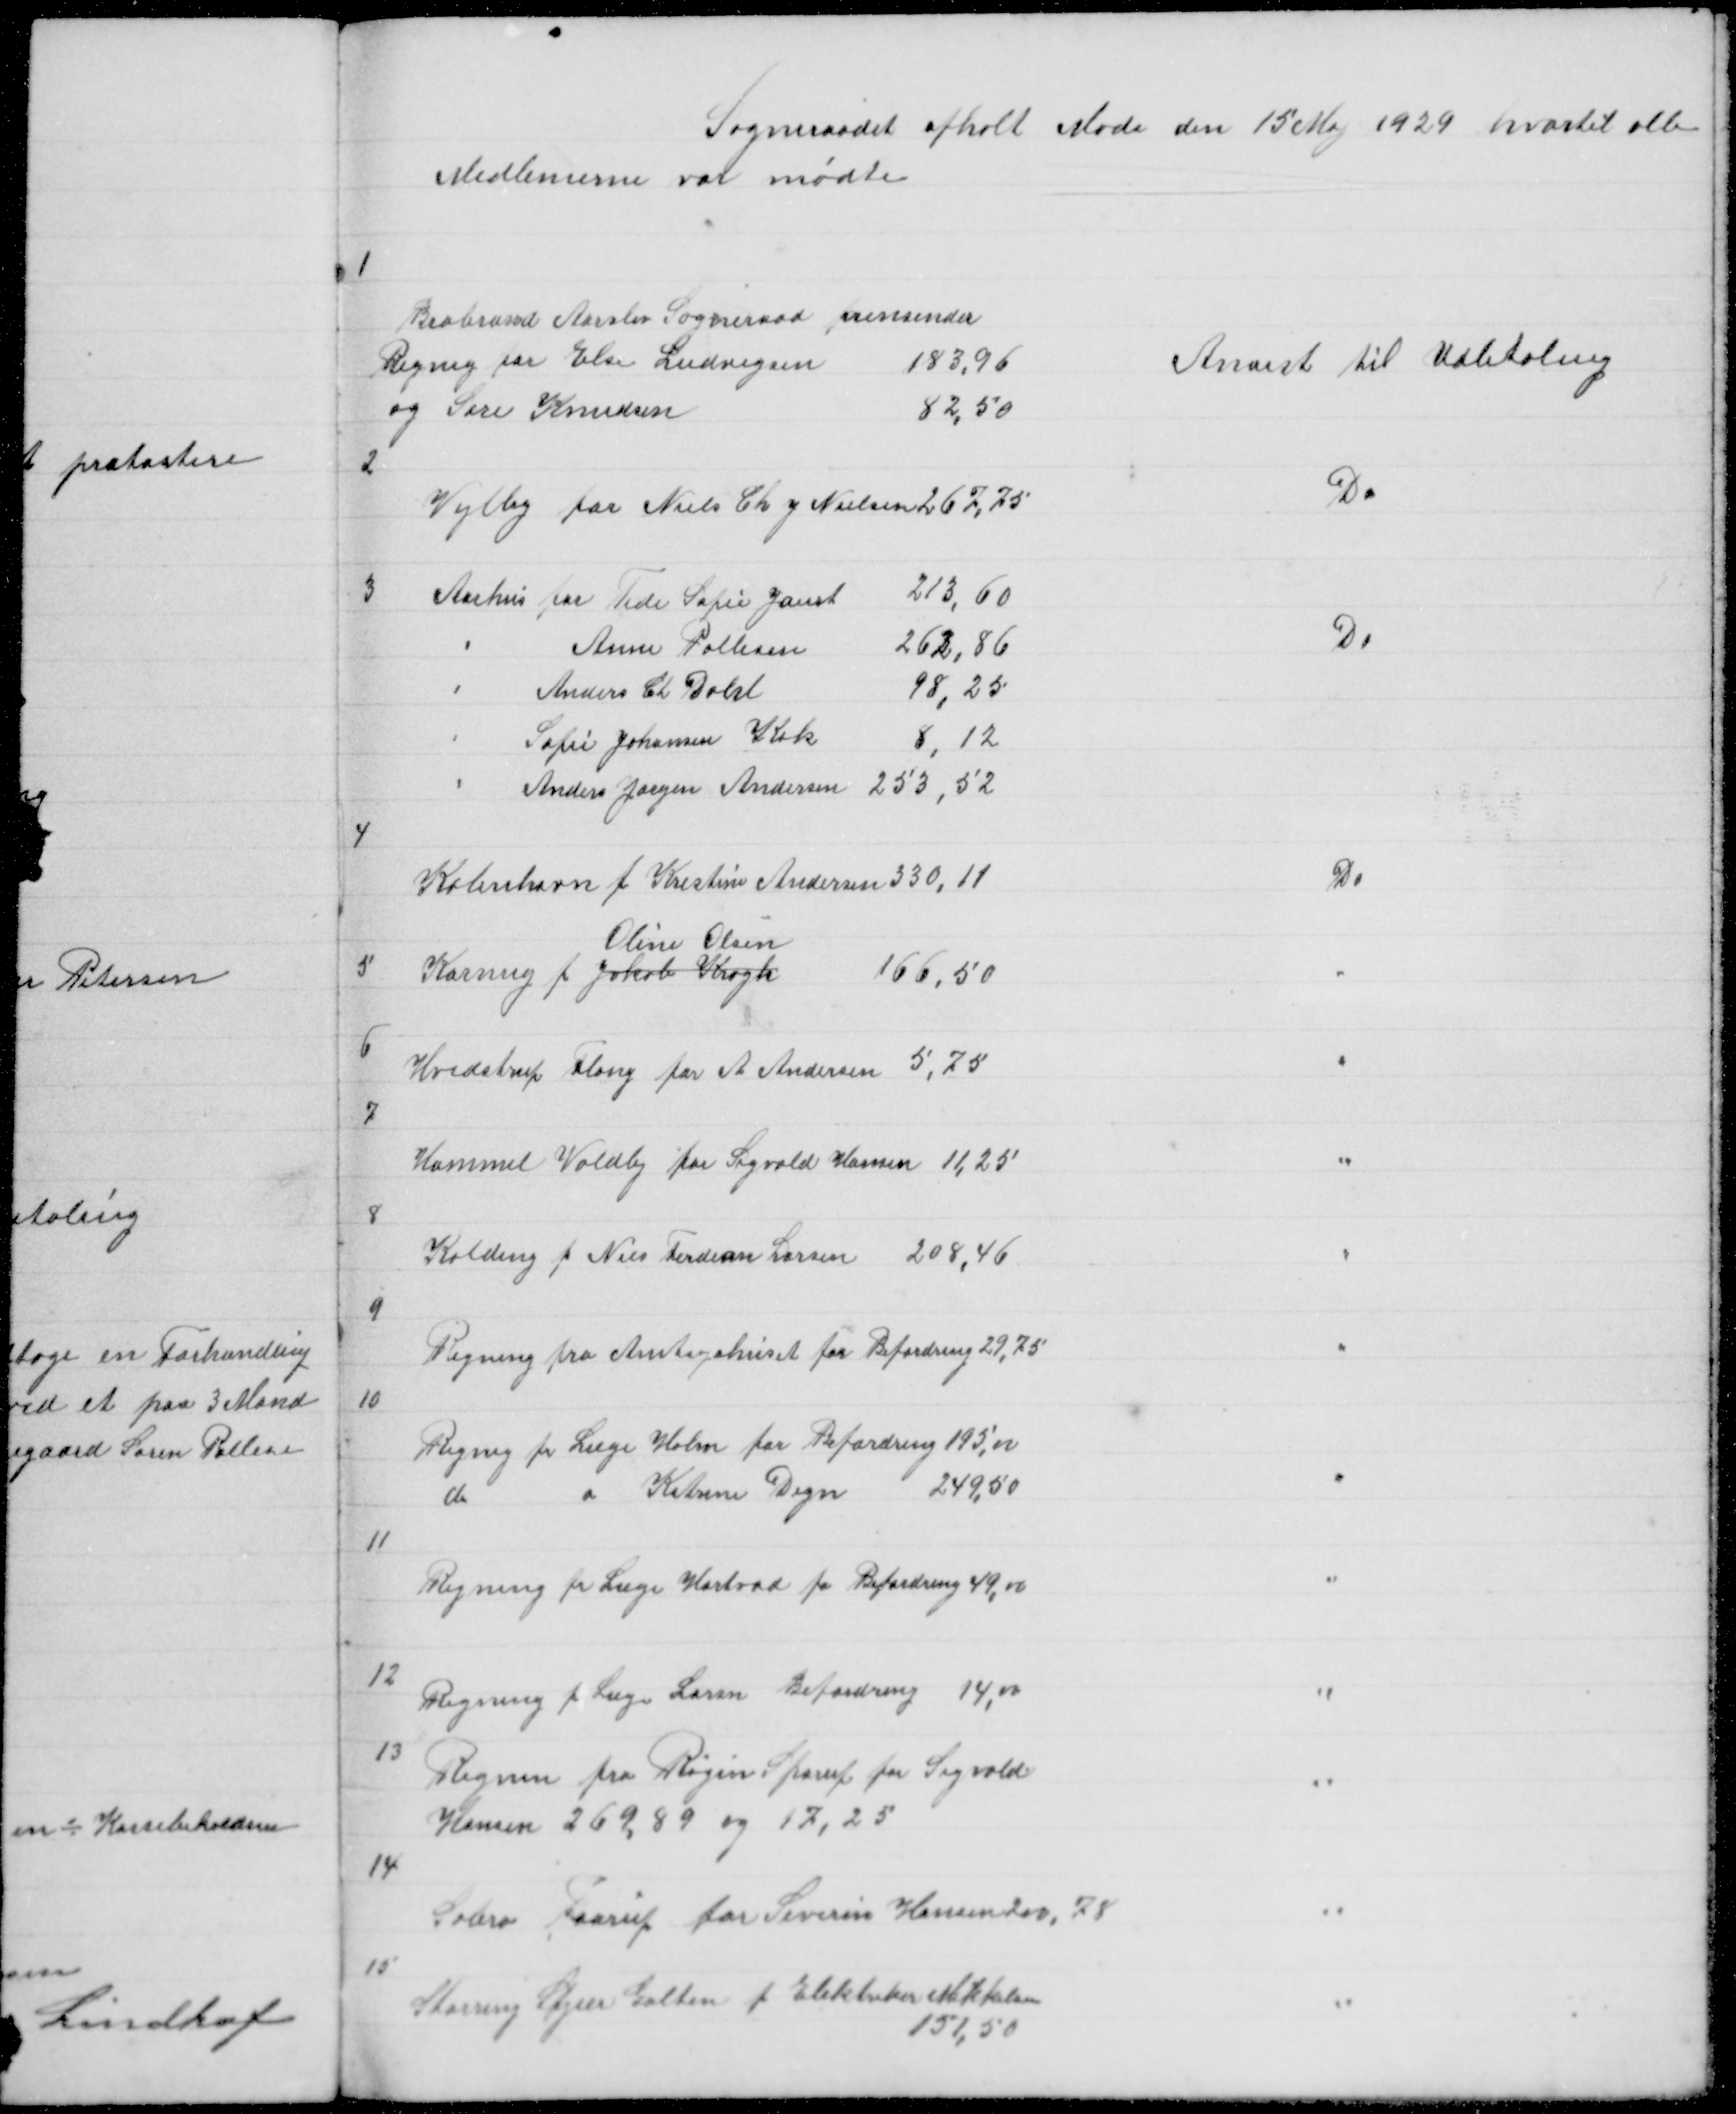
Transskription:
Sogneraadet afholt Møde den 15 Maj 1929 hvortil alle
Medlemerne var mødte

1

Brabrand Aarslev Sogneraad fremsender
Regning for Else Ludvigsen
183,96
og Sare Knudsen
82,50

Anvist til Udbetaling

2

Vejlby for Niels Ch J Nielsen 267,75

Do

3

Do

4

København f Kristine Andersen 330,11

Do

5

Oline Olsen
Kornng f Jakob Krogh
166,50

"

6

Hvedstrup Fløng for A Andersen 5,75

"

7

Hammel Voldby for Sigvald Hansen 11,25

"

8

Kolding f Nies Ferdinan Larsen 208,46

"

9

Regning fra Amtsyehuset for Befordring 29,75

"

10

Regning fra Læge Holm for Befordring 195,00
do
d Katrine Degn
249,50

"

11

Regning fr Læge Hartvad fo Befordring 49,00

"

12

Regning f Læge Larsen Befordring 14,00

"

13

Regnin fra Røgen Sporup for Sigvald
Hansen 269,89 og 17,25

"

14

Sabro Faarup for Severin Hansen 200,78

"

15

Storring Stjær Galten f Elektriker Mikkelsen
151,50

"